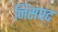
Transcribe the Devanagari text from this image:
निसपद